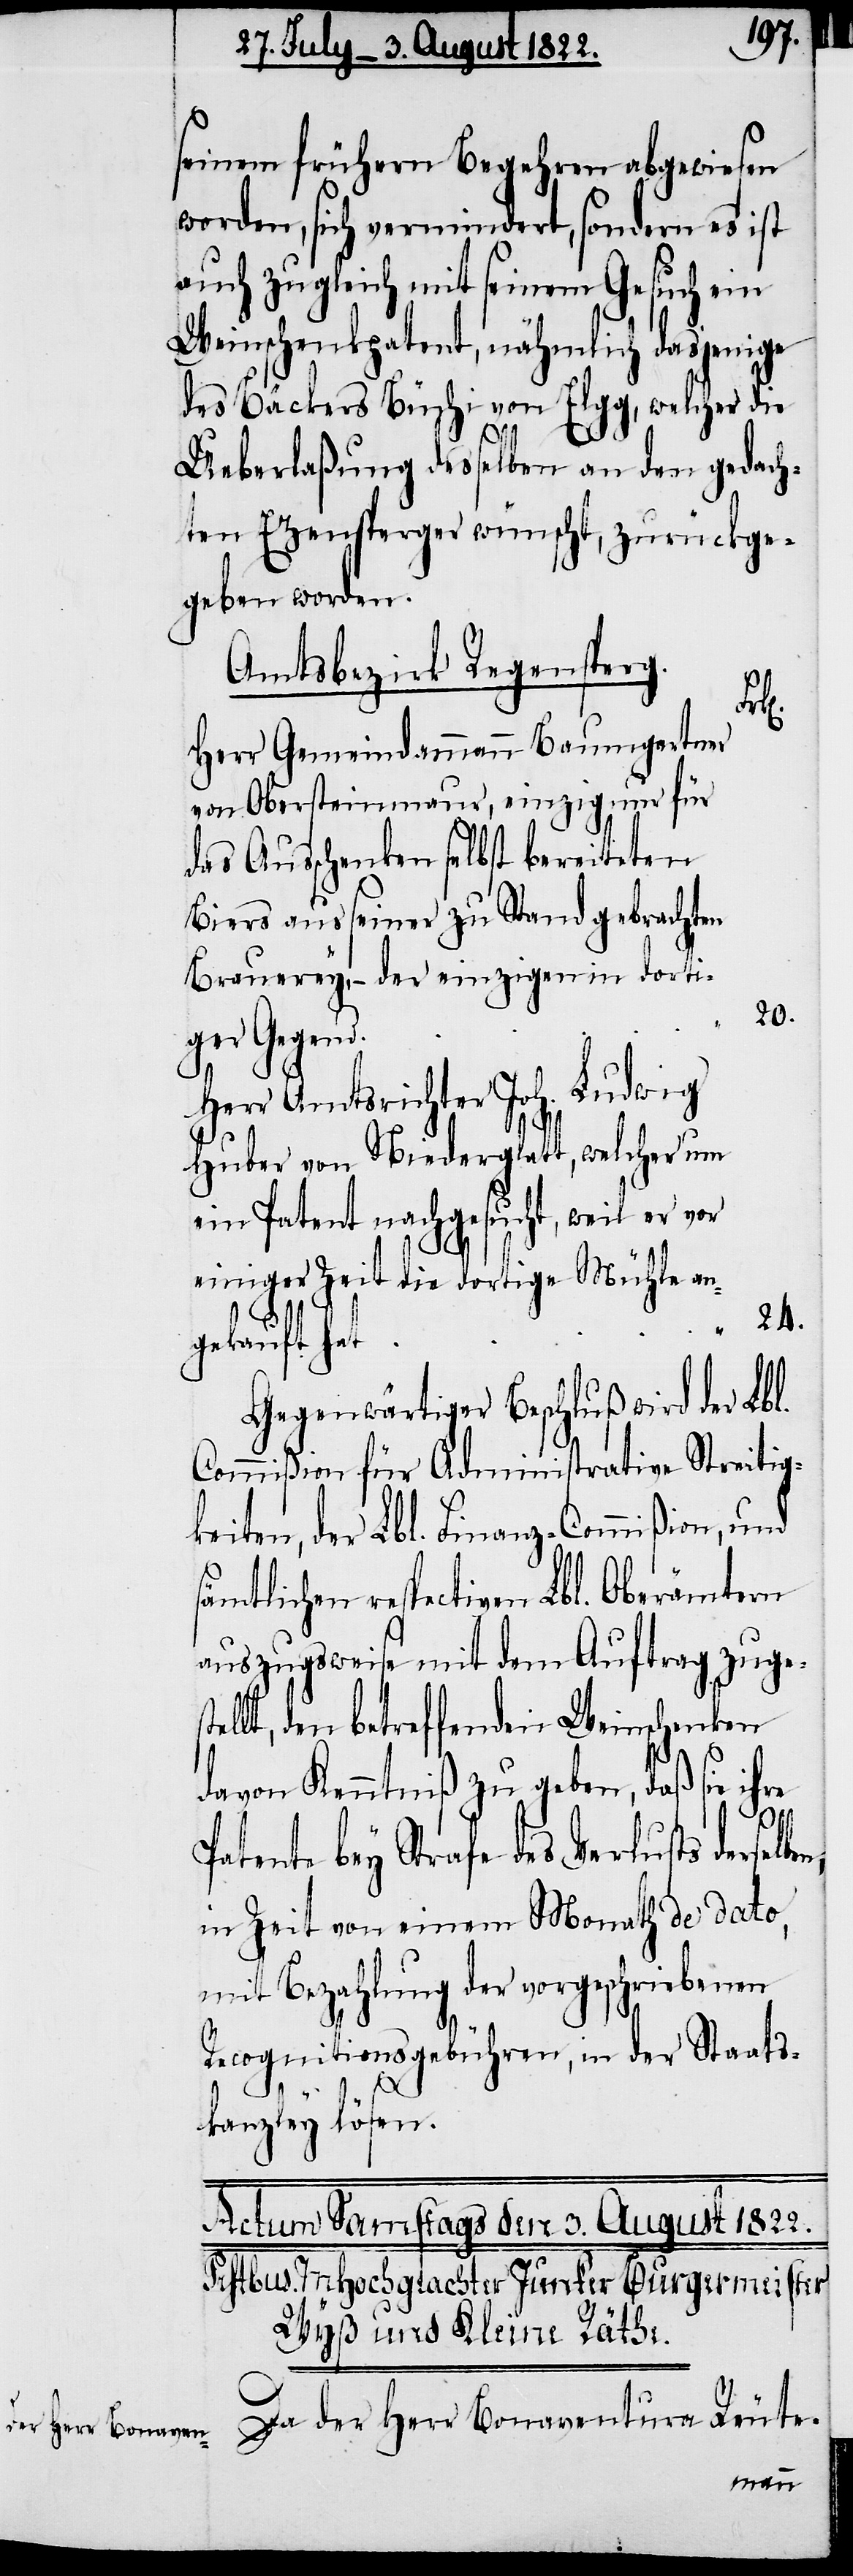
seinem frühern Begehren abgewiesen
worden, sich vermindert, sondern es ist
auch zugleich mit seinem Gesuch ein
Weinschenkpatent, nähmlich dasjenige
des Bäckers Büchi von Elgg, welcher die
Ueberlaßung desselben an den gedach¬
ten Ezensperger wünscht, zurückge¬
geben worden.
Amtsbezirk Regensperg.
ste¬
Herr Gemeindammann Baumgertner
die Ausschenken selbst bereiteten
aus seiner zu Stand gebrachten
einiger
Herr Amtsrichter Joh. Ludwig
Huber von Niederglatt, welcher
ein Patent nachgesucht, weil er vor
gekauft
Gegenwärtiger Beschluß wird der Lbl.
Commißion für Administrative Streitig¬
keiten, der Lbl. Finanz-Commißion, und
sämtlichen respectiven Lbl. Oberämtern
auszugsweise mit dem Auftrag zuge¬
llt, den betreffenden Weinschenken
davon Kenntniß zu geben, daß sie ihre
Patente bey Strafe des Verlusts derselben,
in Zeit von einem Monath de dato,
mit Bezahlung der vorgeschriebenen
Recognitionsgebühren, in der Staats¬
kanzley lösen.
Da der Herr Bonaventura Reute-
an¬